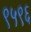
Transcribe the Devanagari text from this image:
९५९६